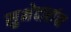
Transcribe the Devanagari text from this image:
सुभेदारांचा